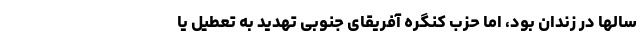
سالها در زندان بود، اما حزب کنگره آفریقای جنوبی تهدید به تعطیل یا